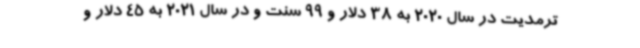
ترمدیت در سال 2020 به 38 دلار و 99 سنت و در سال 2021 به 45 دلار و